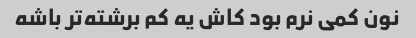
نون کمی نرم بود کاش یه کم برشته‌تر باشه